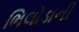
ભિલોડાની